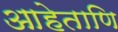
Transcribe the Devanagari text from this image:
आहेताणि